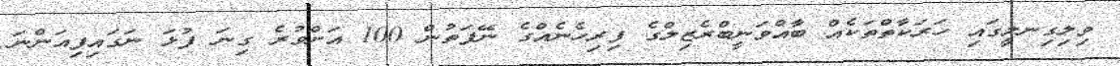
ވިލިގިނލީގައި ހަރަކާތްތަކެއް ބާއްވަނީބްރެޒިލްގެ ފިރިހެނެއްގެ ނޭފަތުން 100 އަށްވުރެ ގިނަ ފުޅަ ނަގައިފިއަންނަ